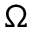
\boldsymbol { { \Omega } }